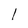
Character: I